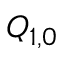
Q _ { 1 , 0 }